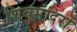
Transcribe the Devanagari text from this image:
शिवमंदिरों